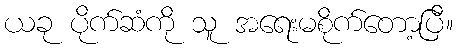
ယခု ပိုက်ဆံကို သူ အရေးမစိုက်တော့ပြီ။